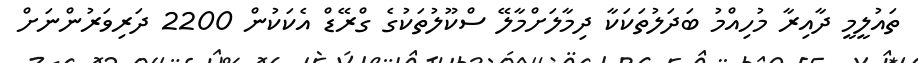
ތައުލީމީ ދާއިރާ މުހިއްމު ބަދަލުތަކަކާ ދިމާލަށްމާލޭ ސްކޫލުތަކުގެ ގްރޭޑް އެކަކުން 2200 ދަރިވަރުންނަށް